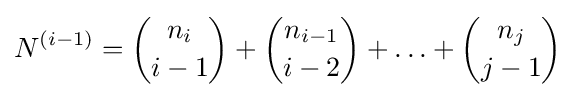
N^{(i-1)}={\binom {n_{i}}{i-1}}+{\binom {n_{i-1}}{i-2}}+\ldots +{\binom {n_{j}}{j-1}}